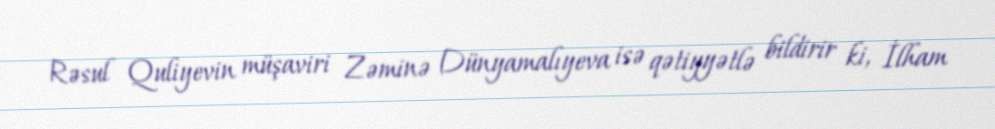
Rəsul Quliyevin müşaviri Zəminə Dünyamalıyeva isə qətiyyətlə bildirir ki, İlham